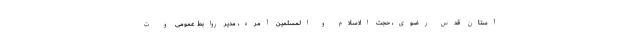
آستان قدس رضوی، حجت الاسلام و المسلمین آمره، مدیر روابط عمومی و ت